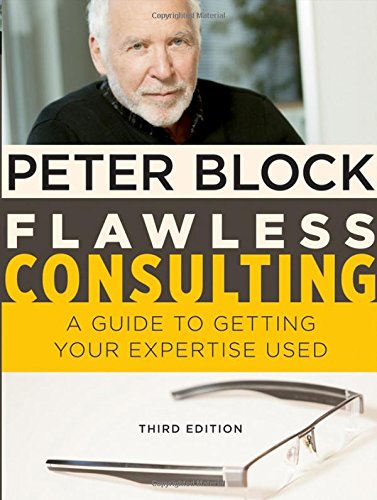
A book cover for Flawless Consulting: A Guide to Getting Your Expertise Used; Block; Business & Money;